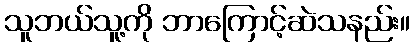
သူဘယ်သူ့ကို ဘာကြောင့်ဆဲသနည်း။